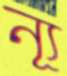
ন্যূ